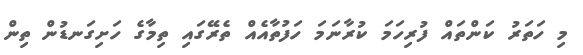
މި ހަތަރު ކަންތައް ފުރިހަމަ ކުރާނަމަ ހަފުތާއެއް ތެރޭގައި ތިމާގެ ހަށިގަނޑުން ތިން